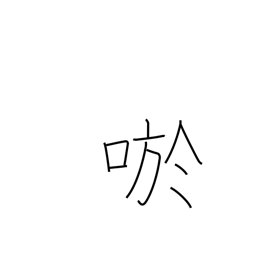
Meaning: smile